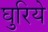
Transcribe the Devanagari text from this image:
घुरिये